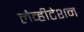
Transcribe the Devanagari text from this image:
लेव्हीटेशन